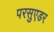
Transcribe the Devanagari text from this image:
परसुएडर